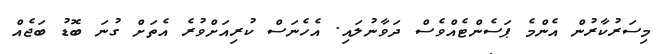
މިސަރުކާރުން އެންމެ ޕަސެންޓެއްވެސް ދަވާނުލައި. އެހެނަސް ކުރިއަށްވުރެ އެތަށް ގުނަ ބޮޑު ބަޖެއް